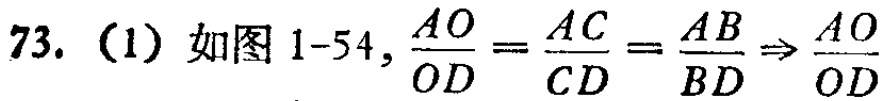
73. (1) 如图 1-54, $\frac{AO}{OD}=\frac{AC}{CD}=\frac{AB}{BD}\Rightarrow\frac{AO}{OD}$